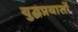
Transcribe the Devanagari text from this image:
युद्धप्रयासों